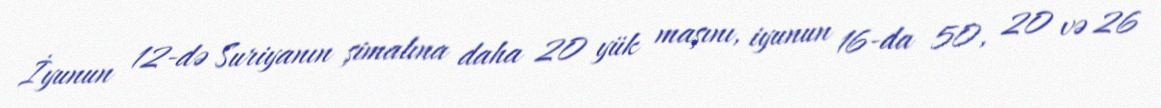
İyunun 12-də Suriyanın şimalına daha 20 yük maşını, iyunun 16-da 50, 20 və 26